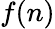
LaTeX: f(n)